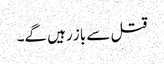
قتل سے باز رہیں گے۔